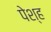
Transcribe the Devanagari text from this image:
पेश्ह